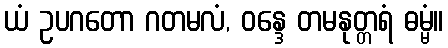
ယံ ဥပဂတော ဂတမလံ, ဝန္ဒေ တမနုတ္တရံ ဓမ္မံ။